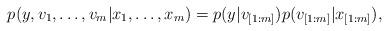
LaTeX: \begin{align*}p(y,v_1,\ldots,v_m|x_1,\ldots,x_m)& = p(y|v_{[1:m]}) p(v_{[1:m]}|x_{[1:m]}), \end{align*}